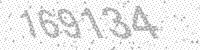
Solution: 169134